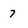
Character: 7